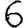
Digit: 6